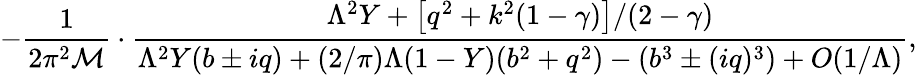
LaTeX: -\frac{1}{2\pi^{2}{\cal M}}\cdot\frac{\Lambda^{2}Y+\left[q^{2}+k^{2}(1-\gamma)\right]/(2-\gamma)}{\Lambda^{2}Y(b\pm iq)+(2/\pi)\Lambda(1-Y)(b^{2}+q^{2})-\left(b^{3}\pm(iq)^{3}\right)+O(1/\Lambda)},